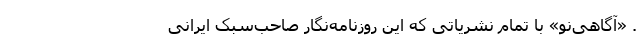
. «آگاهی‌نو» با تمام نشریاتی که این روزنامه‌نگارِ صاحب‌‌سبکِ ایرانی